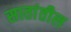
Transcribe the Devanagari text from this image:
सातांतील